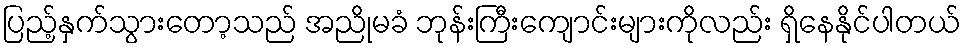
ပြည့်နှက်သွားတော့သည် အညိုမခံ ဘုန်းကြီးကျောင်းများကိုလည်း ရှိနေနိုင်ပါတယ်